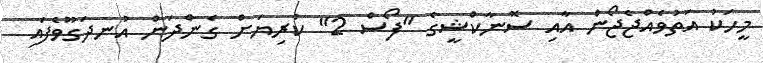
މީހަކު އަތުވެއްޖެޖޯން އާއި ސޮނާކްޝީގެ "ފޯސް 2" ކުރިޔަށް ގެންދަން އުނދަގޫވެފައި